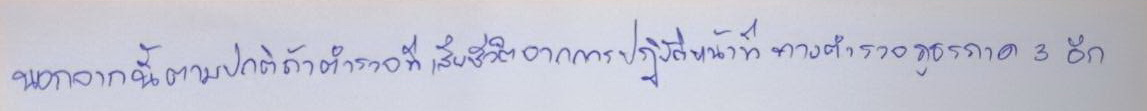
นอกจากนี้ตามปกติถ้าตำรวจที่เสียชีวิตจากการปฏิบัติหน้าที่ทางตำรวจภูธรภาค 3อีก